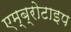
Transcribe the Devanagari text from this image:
एम्ब्रोटाइप